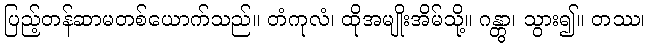
ပြည့်တန်ဆာမတစ်ယောက်သည်။ တံကုလံ၊ ထိုအမျိုးအိမ်သို့။ ဂန္တွာ၊ သွား၍။ တဿ၊